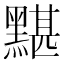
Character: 黮